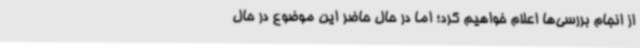
از انجام بررسی‌ها اعلام خواهیم کرد؛ اما در حال حاضر این موضوع در حال